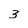
Character: 3